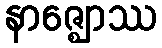
နာဇ္ဈောဿ